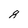
Character: 8